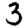
Digit: 3